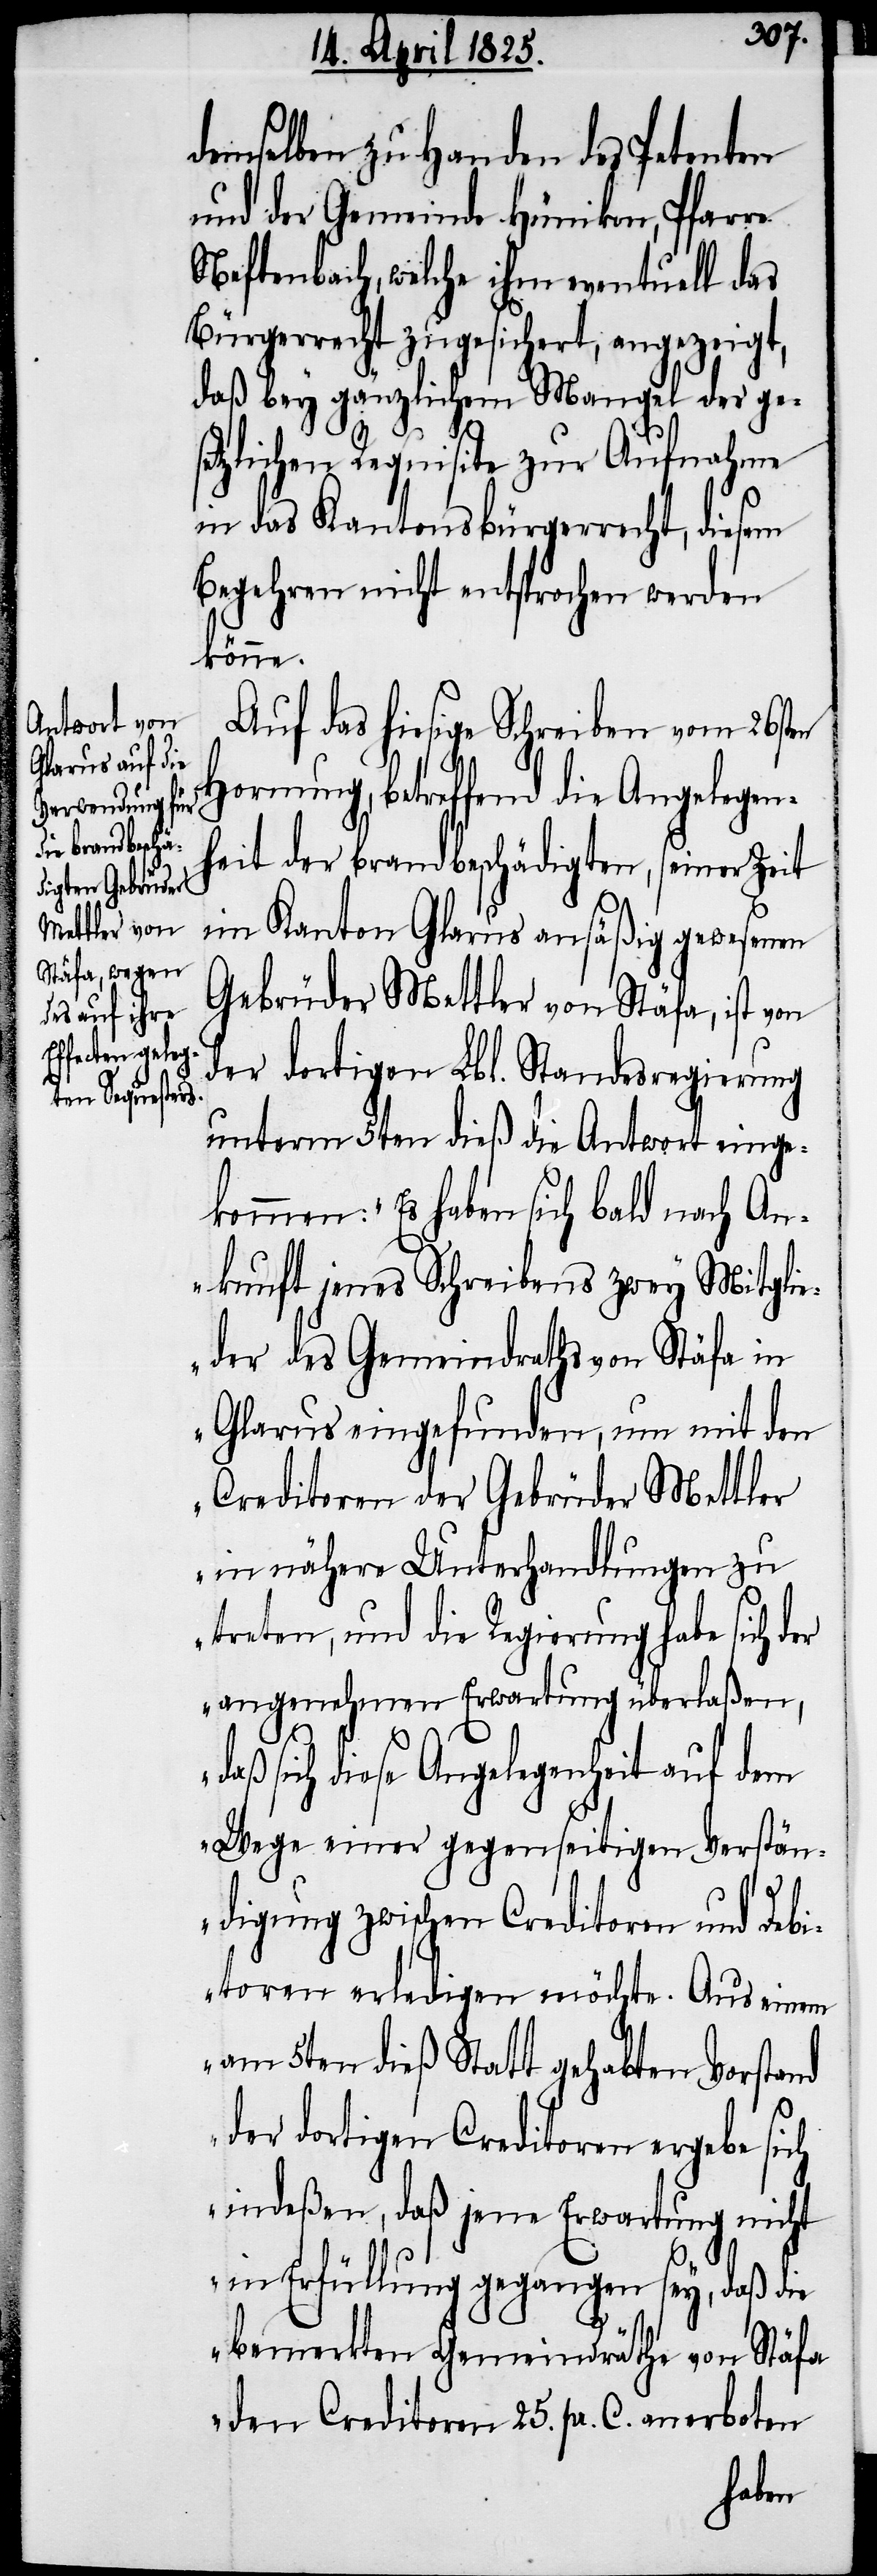
demselben zu Handen des Petenten
und der Gemeinde Hümikon, Pfarre
Neftenbach, welche ihm eventuell das
Bürgerrecht zugesichert, angezeigt,
daß bey gänzlichem Mangel der ges¬
etzlichen Requisite zur Aufnahme
in das Kantonsbürgerrecht, diesem
Begehren nicht entsprochen werden
könne.
Auf das hiesige Schreiben vom 26sten
Hornung, betreffend die Angelegen¬
heit der brandbeschädigten, seiner Zeit
im Kanton Glarus ansäßig gewesenen
Gebrüder Mettler von Stäfa, ist von
der dortigen Lbl. Standesregierung
unterm 5ten dieß die Antwort einge¬
kommen: „Es haben sich bald nach An¬
kunft jenes Schreibens zwey Mitgli¬
eder des Gemeindraths von Stäfa in
Glarus eingefunden, um mit den
Creditoren der Gebrüder Mettler
in nähere Unterhandlungen zu
treten, und die Regierung habe sich der
angenehmen Erwartung überlaßen,
daß sich diese Angelegenheit auf dem
Wege einer gegenseitigen Verstän¬
digung zwischen Creditoren und Debi¬
toren erledigen möchte. Aus einem
am 5ten dieß Statt gehabten Vorstand
der dortigen Creditoren ergebe sich
indeßen, daß jene Erwartung nicht
in Erfüllung gegangen sey, daß die
bemerkten Gemeindräthe von Stäfa
den Creditoren 25. pr. C. anerboten